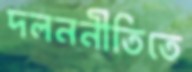
দলননীতিতে